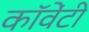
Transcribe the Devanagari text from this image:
कॉवेंटी